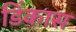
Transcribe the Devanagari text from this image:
डिंकास